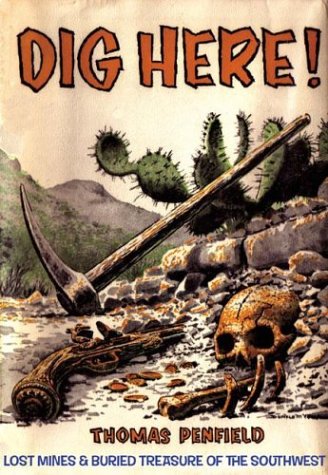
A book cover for Dig Here!; Thomas Penfield; Travel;